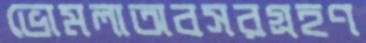
ভোমলাঅবসরগ্রহণ